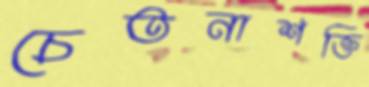
চেতনাশক্তি